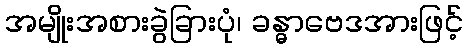
အမျိုးအစားခွဲခြားပုံ၊ ခန္ဓာဗေဒအားဖြင့်